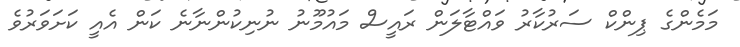
މަމެންގެ ޕިންކް ސަރުކާރު ވައްޓާލަން ރައީސް މައުމޫނު ނުނިކުންނާނެ ކަން އެއީ ކަށަވަރުވެ